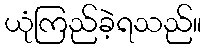
ယုံကြည်ခဲ့ရသည်။